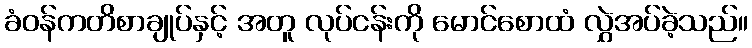
ခံဝန်ကတိစာချုပ်နှင့် အတူ လုပ်ငန်းကို မောင်စောထံ လွှဲအပ်ခဲ့သည်။